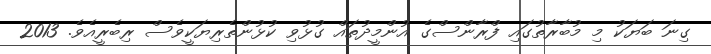
ގިނަ ބަޔަކު މި މުބާރާތުގައި ފްރާންސްގެ އުންމީދުތައް ގުޅުވި ކުޅުންތެރިޔަކީވެސް ރިބެރީއެވެ. 2013